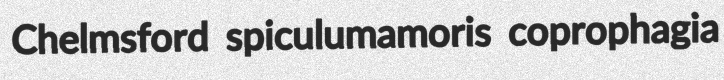
Chelmsford spiculumamoris coprophagia